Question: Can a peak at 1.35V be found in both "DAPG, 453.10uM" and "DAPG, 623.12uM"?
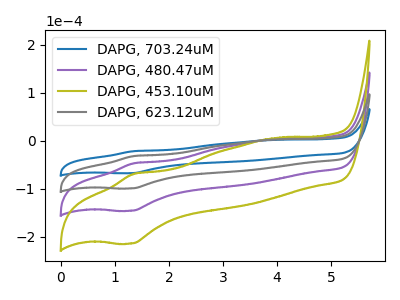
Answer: <think>The blue curve "DAPG, 703.24uM" has an anodic peak at (1.35V, -21.85uA) and a cathodic peak at (1.30V, -67.60uA). The purple curve "DAPG, 480.47uM" has an anodic peak at (1.35V, -64.15uA) and a cathodic peak at (1.30V, -198.55uA). The olive curve "DAPG, 453.10uM" has an anodic peak at (1.35V, -96.25uA) and a cathodic peak at (1.30V, -297.85uA). The gray curve "DAPG, 623.12uM" has an anodic peak at (1.35V, -32.10uA) and a cathodic peak at (1.30V, -99.30uA).</think>
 <answer>Yes, "DAPG, 453.10uM" and "DAPG, 623.12uM" share a peak at 1.35V.</answer>
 <eval>match</eval>